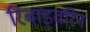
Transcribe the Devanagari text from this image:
रिबाइवरिन